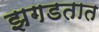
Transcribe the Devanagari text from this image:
झगडतात